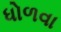
ધોળવા